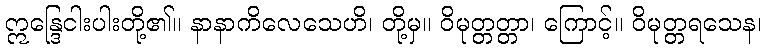
ဣန္ဒြေငါးပါးတို့၏။ နာနာကိလေသေဟိ၊ တို့မှ။ ဝိမုတ္တတ္တာ၊ ကြောင့်။ ဝိမုတ္တရသေန၊